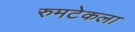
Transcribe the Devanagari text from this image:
रुमटेकला